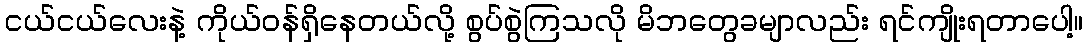
ငယ်ငယ်လေးနဲ့ ကိုယ်ဝန်ရှိနေတယ်လို့ စွပ်စွဲကြသလို မိဘတွေခမျာလည်း ရင်ကျိုးရတာပေါ့။